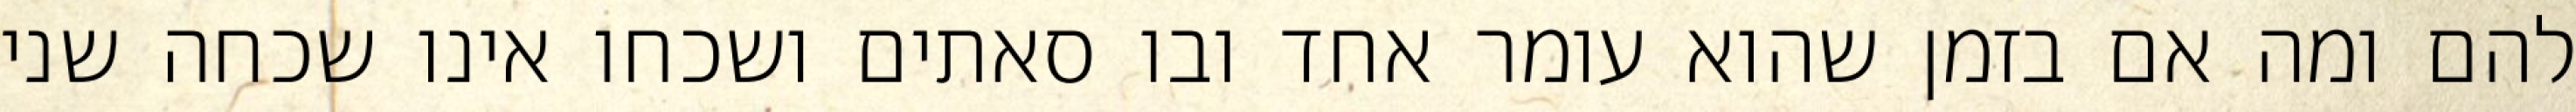
להם ומה אם בזמן שהוא עומר אחד ובו סאתים ושכחו אינו שכחה שני